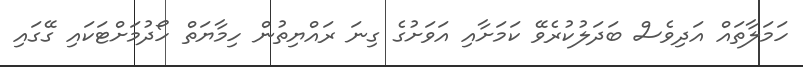
ހަމަލާތައް އަދިވެސް ބަދަލުކުރެވޭ ކަމަށާއި އަވަށުގެ ގިނަ ރައްޔިތުން ހިމާޔަތް ހޯދުމަށްޓަކައި ގޭގައި